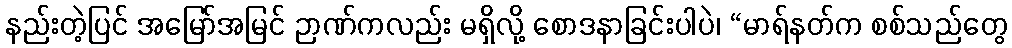
နည်းတဲ့ပြင် အမြော်အမြင် ဉာဏ်ကလည်း မရှိလို့ စောဒနာခြင်းပါပဲ၊ “မာရ်နတ်က စစ်သည်တွေ